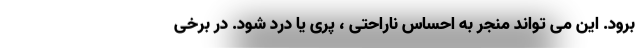
برود. این می تواند منجر به احساس ناراحتی ، پری یا درد شود. در برخی